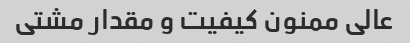
عالی ممنون کیفیت و مقدار مشتی